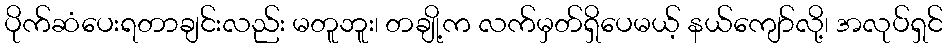
ပိုက်ဆံပေးရတာချင်းလည်း မတူဘူး၊ တချို့က လက်မှတ်ရှိပေမယ့် နယ်ကျော်လို့၊ အလုပ်ရှင်